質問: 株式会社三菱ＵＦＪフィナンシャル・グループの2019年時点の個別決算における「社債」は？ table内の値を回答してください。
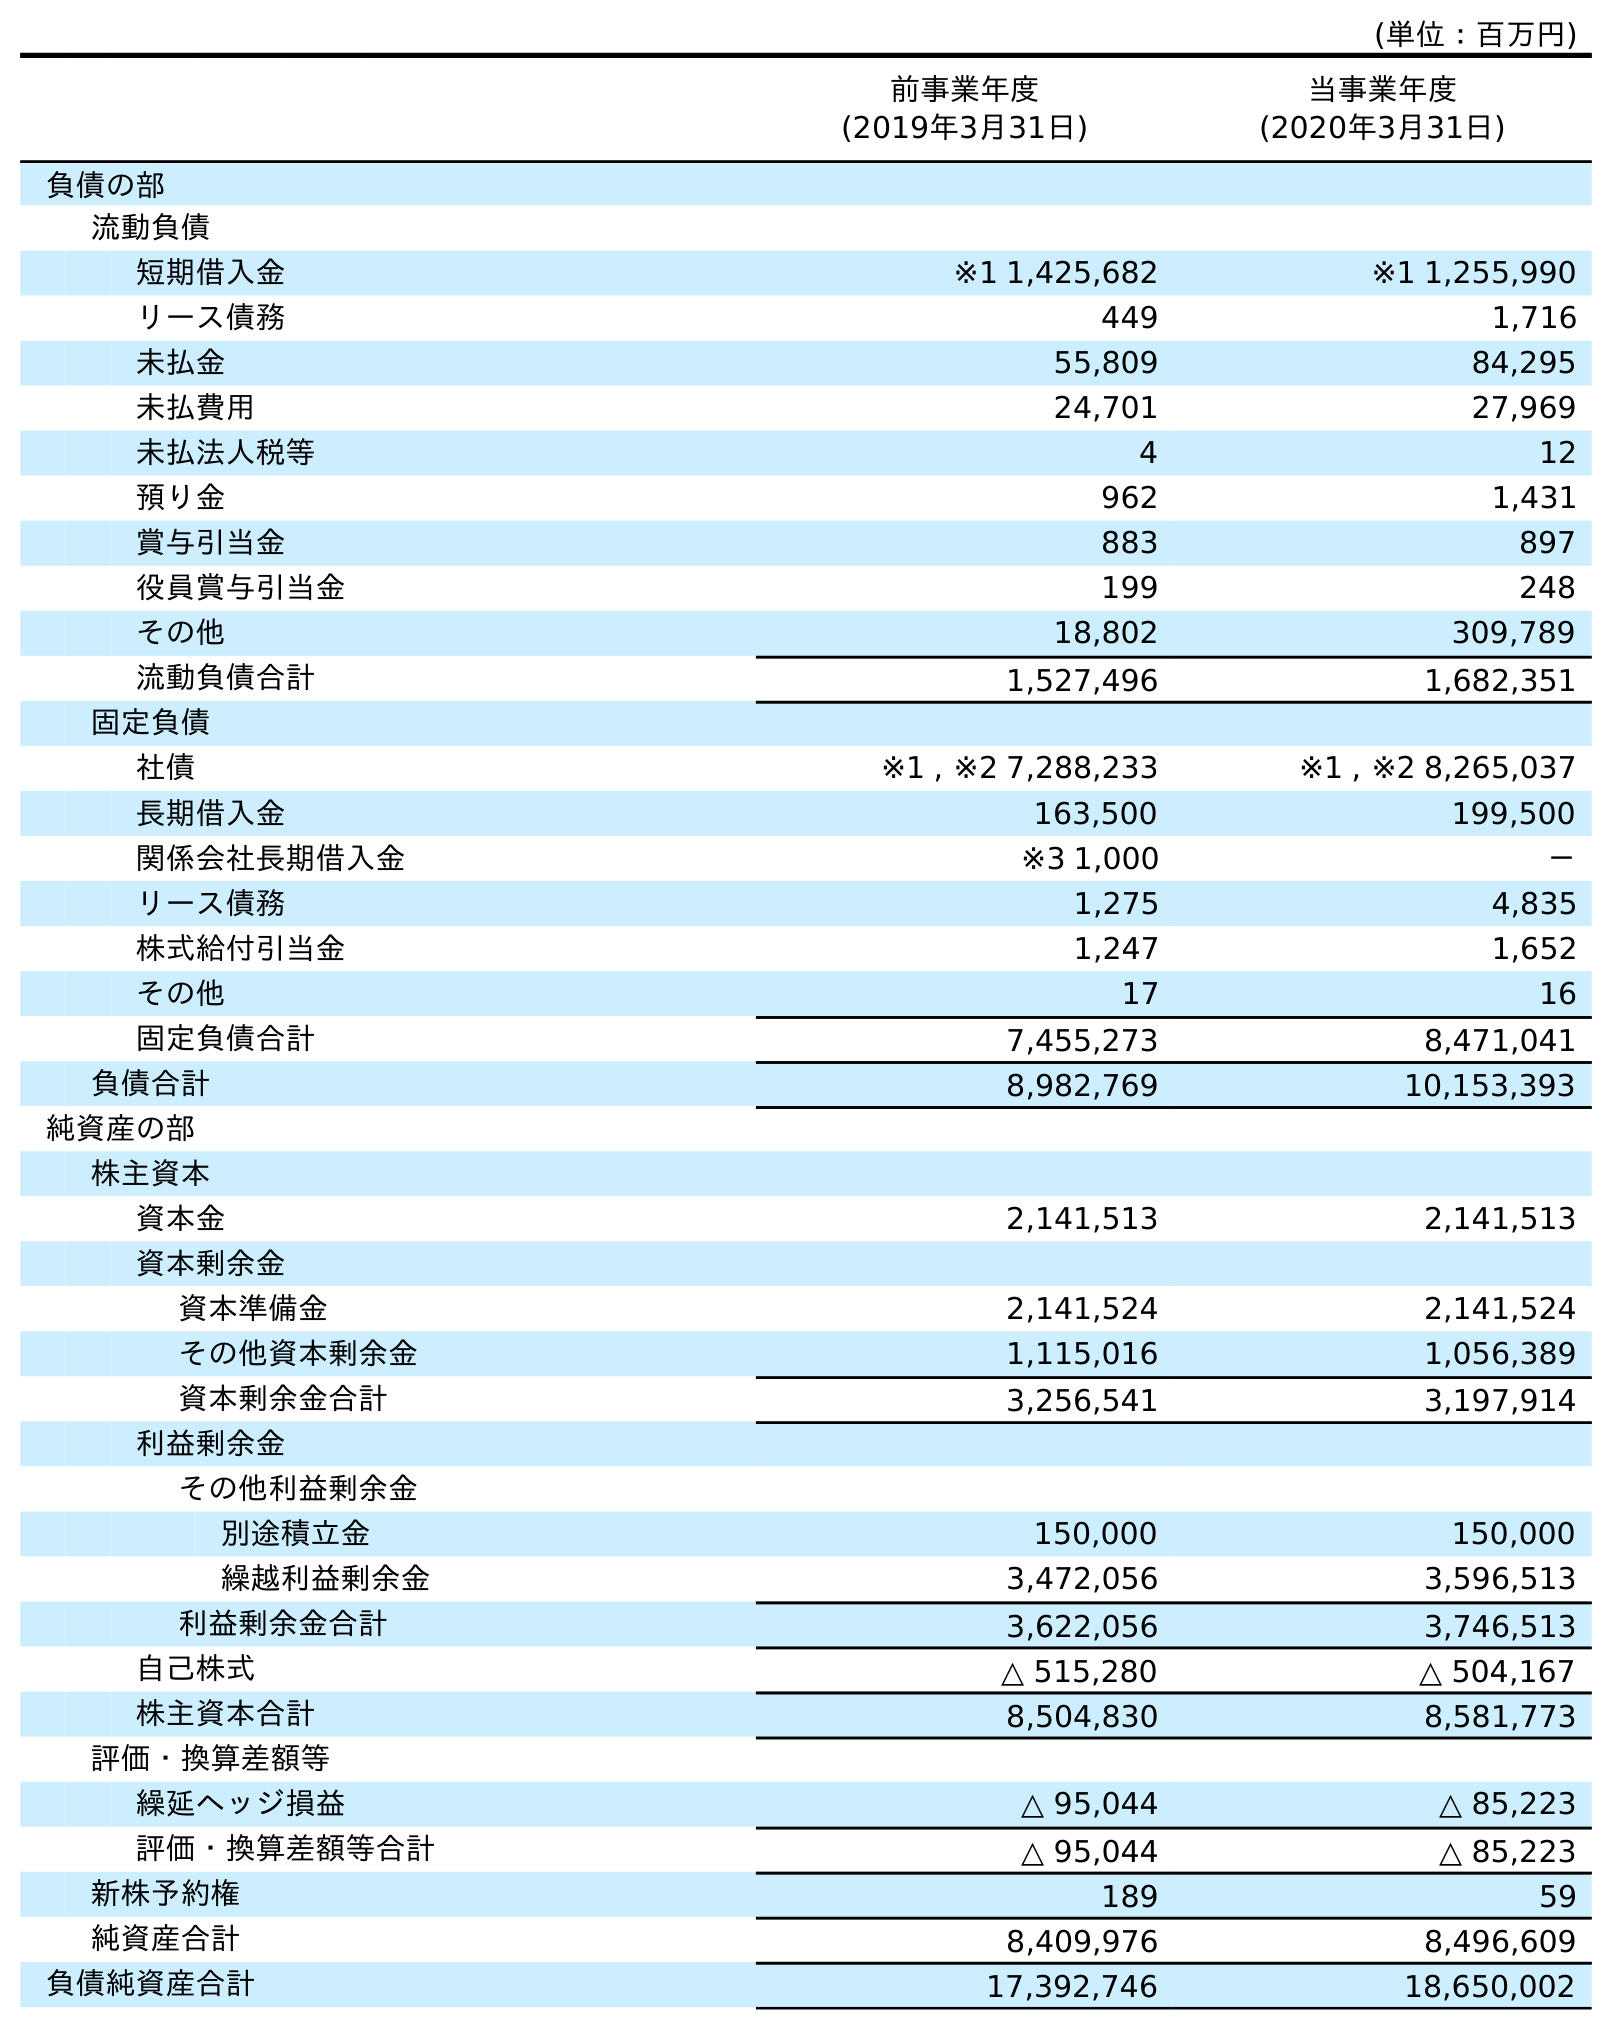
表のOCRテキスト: (単位：百万円) 前事業年度 (2019年3月31日) 当事業年度 (2020年3月31日) 負債の部 流動負債 短期借入金 ※1 1,425,682 ※1 1,255,990 リース債務 449 1,716 未払金 55,809 84,295 未払費用 24,701 27,969 未払法人税等 4 12 預り金 962 1,431 賞与引当金 883 897 役員賞与引当金 199 248 その他 18,802 309,789 流動負債合計 1,527,496 1,682,351 固定負債 社債 ※1 , ※2 7,288,233 ※1 , ※2 8,265,037 長期借入金 163,500 199,500 関係会社長期借入金 ※3 1,000 － リース債務 1,275 4,835 株式給付引当金 1,247 1,652 その他 17 16 固定負債合計 7,455,273 8,471,041 負債合計 8,982,769 10,153,393 純資産の部 株主資本 資本金 2,141,513 2,141,513 資本剰余金 資本準備金 2,141,524 2,141,524 その他資本剰余金 1,115,016 1,056,389 資本剰余金合計 3,256,541 3,197,914 利益剰余金 その他利益剰余金 別途積立金 150,000 150,000 繰越利益剰余金 3,472,056 3,596,513 利益剰余金合計 3,622,056 3,746,513 自己株式 △ 515,280 △ 504,167 株主資本合計 8,504,830 8,581,773 評価・換算差額等 繰延ヘッジ損益 △ 95,044 △ 85,223 評価・換算差額等合計 △ 95,044 △ 85,223 新株予約権 189 59 純資産合計 8,409,976 8,496,609 負債純資産合計 17,392,746 18,650,002
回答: ※1,※27,288,233